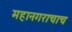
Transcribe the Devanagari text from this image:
महानगराचाच